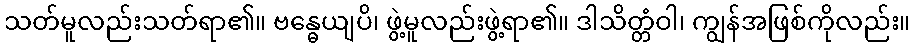
သတ်မူလည်းသတ်ရာ၏။ ဗန္ဓေယျပိ၊ ဖွဲ့မူလည်းဖွဲ့ရာ၏။ ဒါသိတ္တံဝါ၊ ကျွန်အဖြစ်ကိုလည်း။